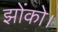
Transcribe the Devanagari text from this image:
झोंको।